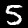
Label: 5